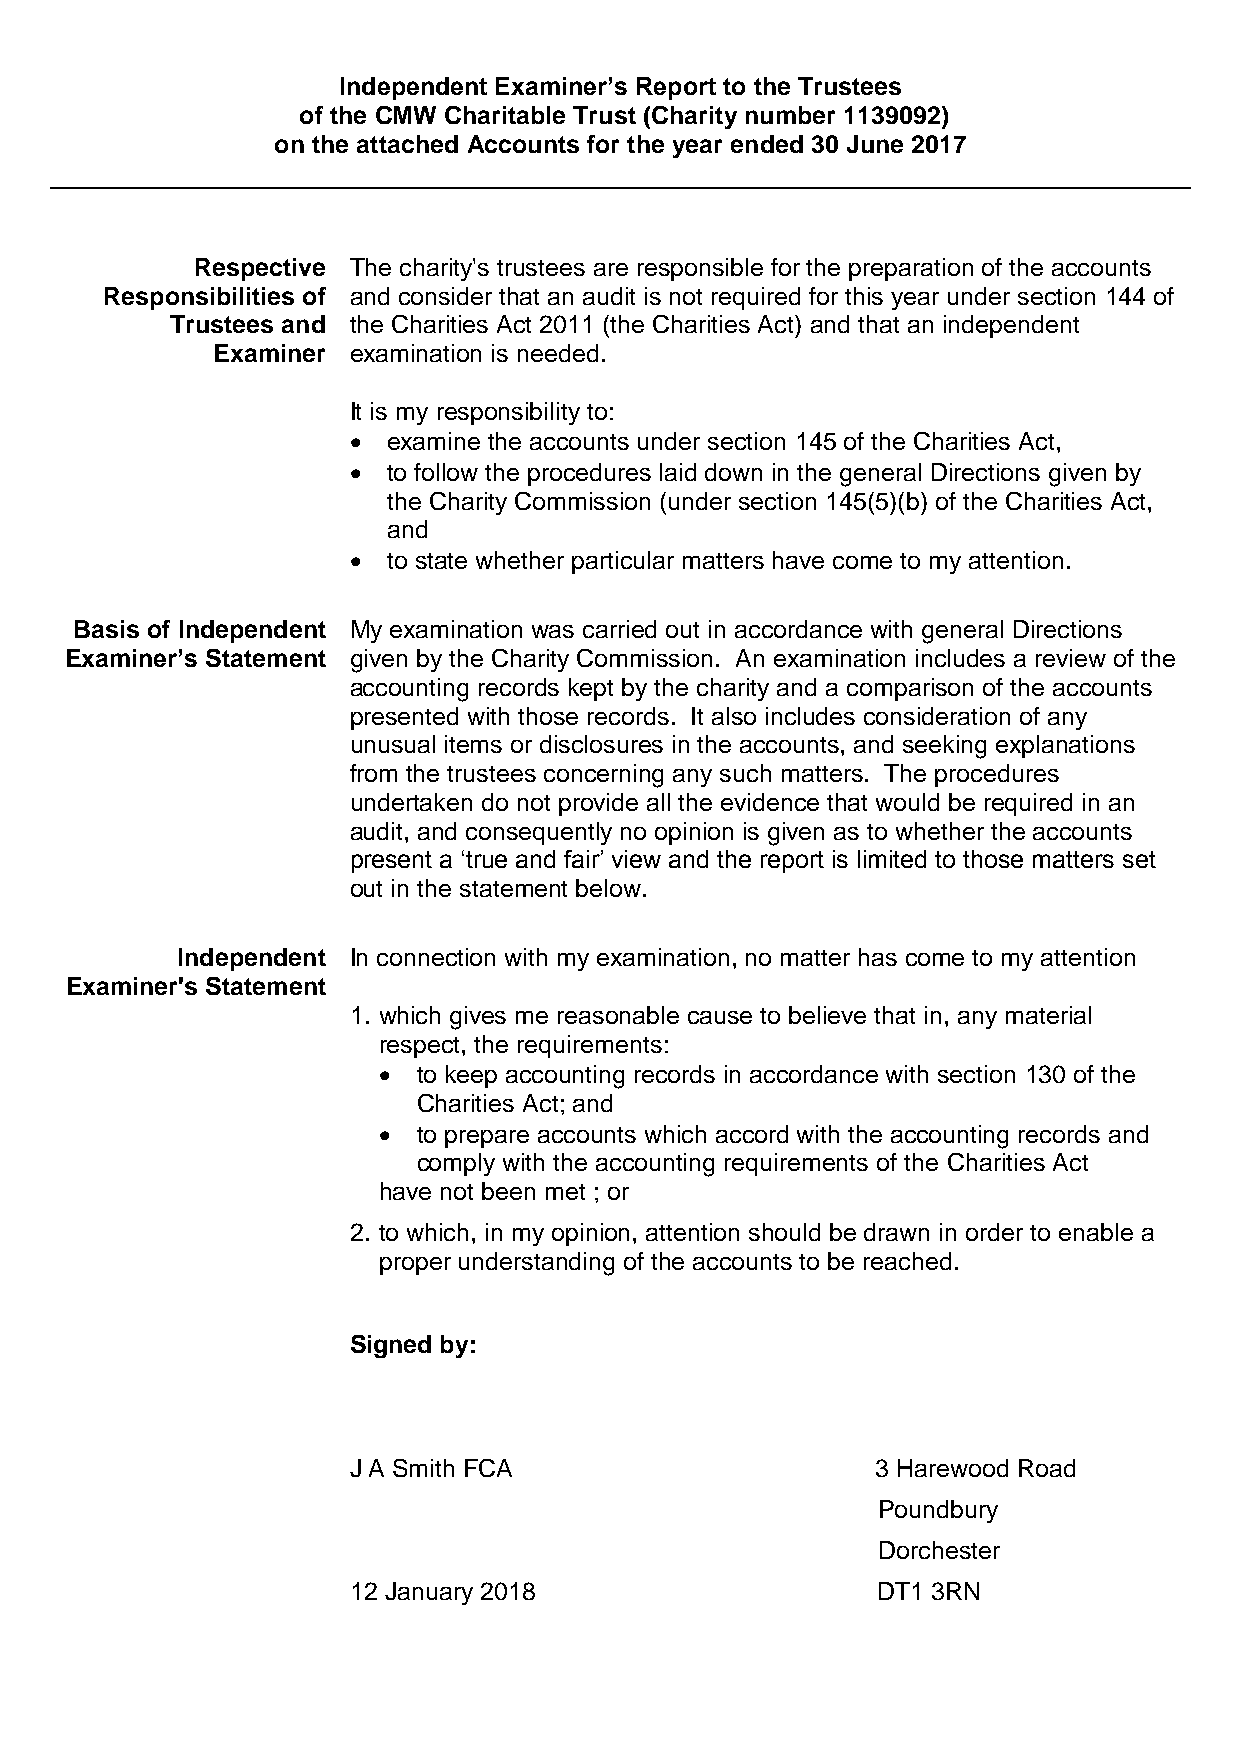
Independent Examiner’s Report to the Trustees
 of the CMW Charitable Trust (Charity number 1139092)
 on the attached Accounts for the year ended 30 June 2017
 Respective The charity's trustees are responsible for the preparation of the accounts
 Responsibilities of and consider that an audit is not required for this year under section 144 of
 Trustees and the Charities Act 2011 (the Charities Act) and that an independent
 Examiner examination is needed.
 It is my responsibility to:
   examine the accounts under section 145 of the Charities Act,
   to follow the procedures laid down in the general Directions given by
 the Charity Commission (under section 145(5)(b) of the Charities Act,
 and
   to state whether particular matters have come to my attention.
 Basis of Independent My examination was carried out in accordance with general Directions
 Examiner’s Statement given by the Charity Commission. An examination includes a review of the
 accounting records kept by the charity and a comparison of the accounts
 presented with those records. It also includes consideration of any
 unusual items or disclosures in the accounts, and seeking explanations
 from the trustees concerning any such matters. The procedures
 undertaken do not provide all the evidence that would be required in an
 audit, and consequently no opinion is given as to whether the accounts
 present a ‘true and fair’ view and the report is limited to those matters set
 out in the statement below.
 Independent In connection with my examination, no matter has come to my attention
 Examiner's Statement
 1. which gives me reasonable cause to believe that in, any material
 respect, the requirements:
   to keep accounting records in accordance with section 130 of the
 Charities Act; and
   to prepare accounts which accord with the accounting records and
 comply with the accounting requirements of the Charities Act
 have not been met ; or
 2. to which, in my opinion, attention should be drawn in order to enable a
 proper understanding of the accounts to be reached.
 Signed by:
 J A Smith FCA                      3 Harewood Road
 Poundbury
 Dorchester
 12 January 2018                    DT1 3RN
 `